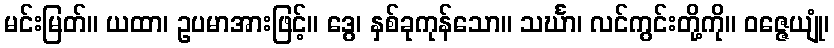
မင်းမြတ်။ ယထာ၊ ဥပမာအားဖြင့်။ ဒွေ၊ နှစ်ခုကုန်သော။ သင်္ဃာ၊ လင်ကွင်းတို့ကို။ ဝဇ္ဇေယျုံ၊